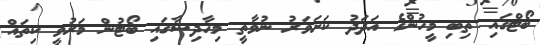
ބޯޓްގައި ތިބި މީހުންގެ އަދަދު ކަށަވަރު ނުވާތީ މިޙާދިސާގައި ބޯޓުން މަރުވީ ކިތައް